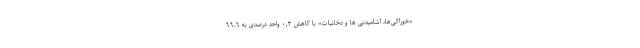
«خوراکی‌ها، آشامیدنی ها و دخانیات» با کاهش ٠,٢ واحد درصدی به ٦٦.٦